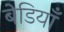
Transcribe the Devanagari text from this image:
बेडियाँ